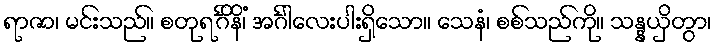
ရာဇာ၊ မင်းသည်။ စတုရင်္ဂိနိံ၊ အင်္ဂါလေးပါးရှိသော။ သေနံ၊ စစ်သည်ကို။ သန္နယှိတွာ၊